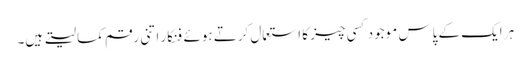
ہر ایک کے پاس موجود کسی چیز کا استعمال کرتے ہوئے فنکار اتنی رقم کما لیتے ہیں۔